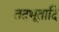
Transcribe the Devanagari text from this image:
तदभूतादि